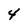
Character: 4